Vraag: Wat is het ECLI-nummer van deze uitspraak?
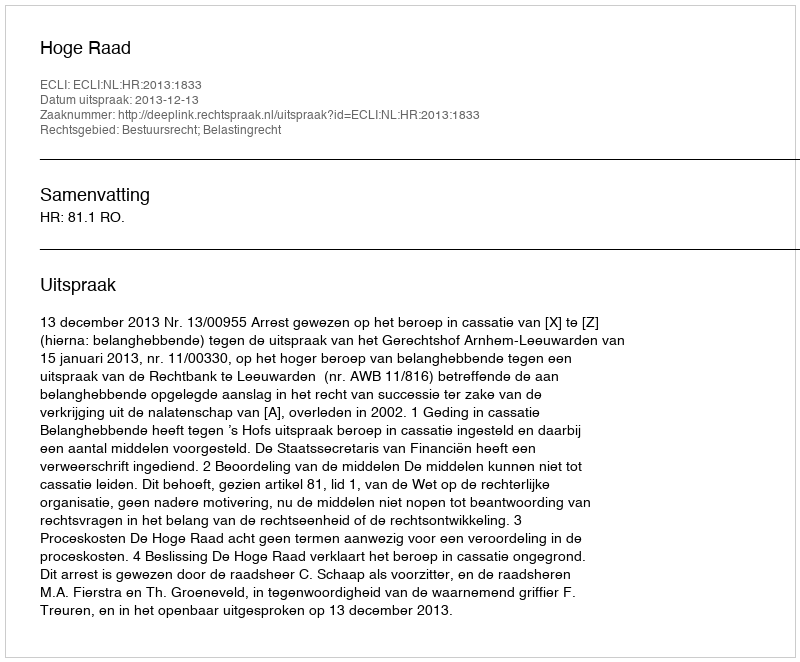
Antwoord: ECLI:NL:HR:2013:1833